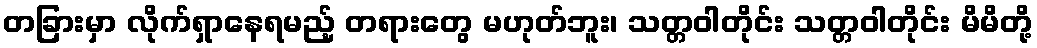
တခြားမှာ လိုက်ရှာနေရမည့် တရားတွေ မဟုတ်ဘူး၊ သတ္တဝါတိုင်း သတ္တဝါတိုင်း မိမိတို့